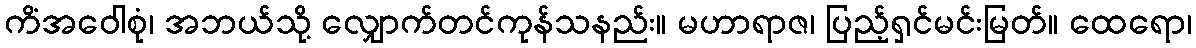
ကိံအဝေါစုံ၊ အဘယ်သို့ လျှောက်တင်ကုန်သနည်း။ မဟာရာဇ၊ ပြည့်ရှင်မင်းမြတ်။ ထေရော၊